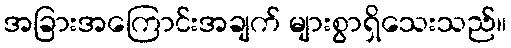
အခြားအကြောင်းအချက် များစွာရှိသေးသည်။